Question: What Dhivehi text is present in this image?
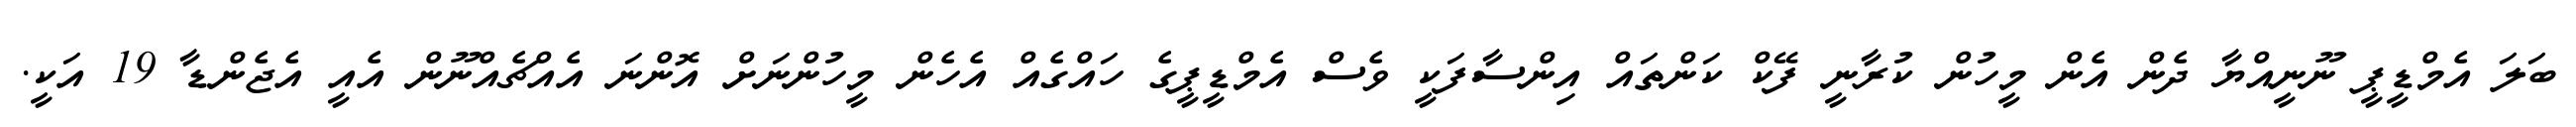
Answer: ބަލަ އެމްޑީޕީ ނޫނީއްޔާ ދެން އެން މީހުން ކުރާނީ ފޭކް ކަންތައް އިންސާފަކީ ވެސް އެމްޑީޕީގެ ހައްގެއް އެހެން މީހުންނަށް އޮންނަ އެއްޗެއްނޫން އެއީ އެޖެންޑާ 19 އަކީ.